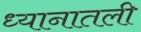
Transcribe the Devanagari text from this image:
ध्यानातली